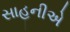
સાહનીએ